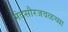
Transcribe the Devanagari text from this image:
मंदसौरजवळच्या